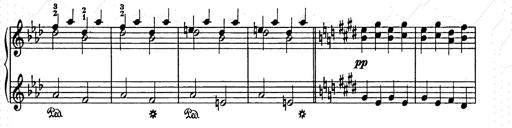
Title: Weihnachtsbaum
Composer: Franz Liszt